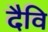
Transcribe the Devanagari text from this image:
दैवि